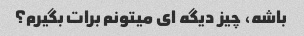
باشه، چیز دیگه ای میتونم برات بگیرم؟